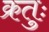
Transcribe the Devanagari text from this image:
क्रतुः